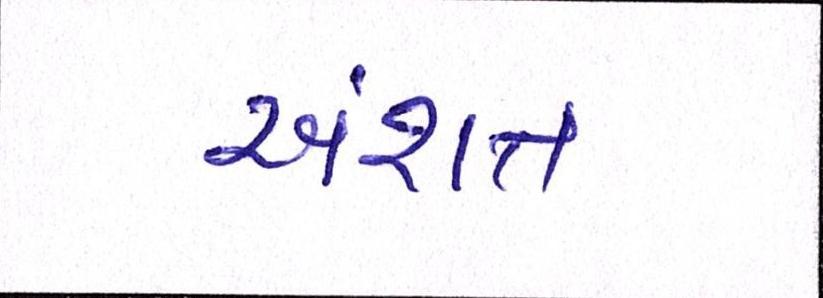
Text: અંશત